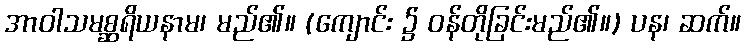
အာဝါသမစ္ဆရိယနာမ၊ မည်၏။ (ကျောင်း ၌ ဝန်တိုခြင်းမည်၏။) ပန၊ ဆက်။